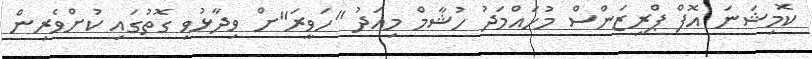
ކޮމިޝަނަ އޮފް ޕްރިޒަންސް މުހައްމަދު ހުޝާމް މިއަދު "ހަވީރަ"ށް ވިދާޅުވި ގޮތުގައި ކުށްވެރިން